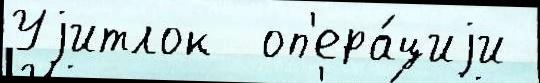
Уjитлок  оп'ера́циjи